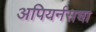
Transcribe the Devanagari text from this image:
अपियर्नसचा